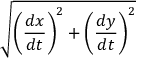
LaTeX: \sqrt { \left( { \frac { d x } { d t } } \right) ^ { 2 } + \left( { \frac { d y } { d t } } \right) ^ { 2 } }